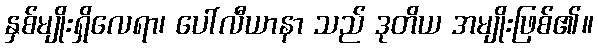
နှစ်မျိုးရှိလေရာ၊ ပေါ်လီယာနာ သည် ဒုတိယ အမျိုးဖြစ်၏။